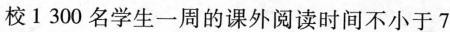
校1 300名学生一周的课外阅读时间不小于7